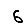
Digit: 6